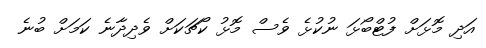
އަދި މޮޅަށް ފުޓްބޯޅަ ނުކުޅެ ވެސް މޮޅު ކޯޗަކަށް ވެދިދާނެ ކަމަށް ބުނެ